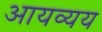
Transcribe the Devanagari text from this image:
आयव्यय